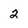
Character: 2